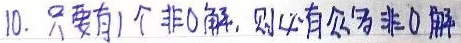
10. 只要有 1 个非 0 解，则必有无穷非 0 解。